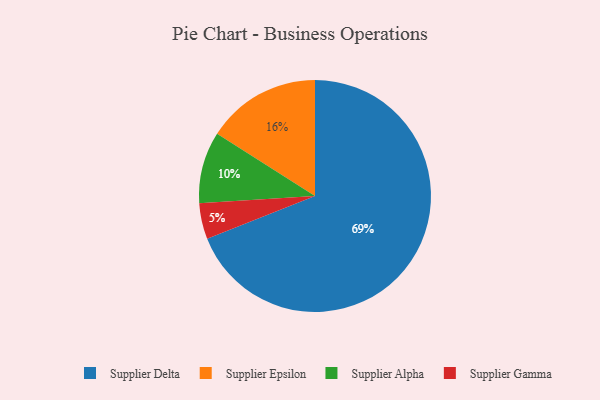
{"axis": {"x": "Category", "y": "Percentage"}, "legend": ["Supplier Alpha", "Supplier Delta", "Supplier Epsilon", "Supplier Gamma"], "data": [{"x": "Supplier Epsilon", "y": 16, "type": "Supplier Epsilon"}, {"x": "Supplier Gamma", "y": 5, "type": "Supplier Gamma"}, {"x": "Supplier Delta", "y": 69, "type": "Supplier Delta"}, {"x": "Supplier Alpha", "y": 10, "type": "Supplier Alpha"}]}